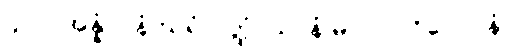
၄၂၂။ အန္နံ ပါနံ ဃရံ ဝတ္ထံ၊ ယာနံ မာလာ ဝိလေပနံ။